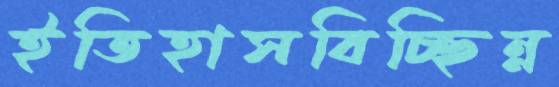
ইতিহাসবিচ্ছিন্ন